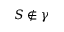
S \notin \gamma